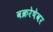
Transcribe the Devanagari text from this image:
वक्ररेषेवर